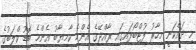
މި ދައްކަނީ މިހާރު ފުޓްބޯޅައިގައި ރާއްޖޭގެ އެންމެ ކާމިޔާބު އެންމެ ބޮޑު ކްލަބުގެ